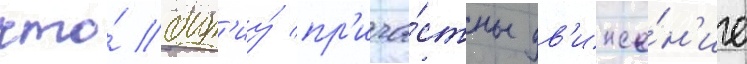
что́ быт'иу́ пр'ича́стны дв'иже́н'ие